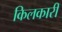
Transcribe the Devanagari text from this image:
किलकारी